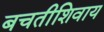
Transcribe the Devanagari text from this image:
बचतीशिवाय